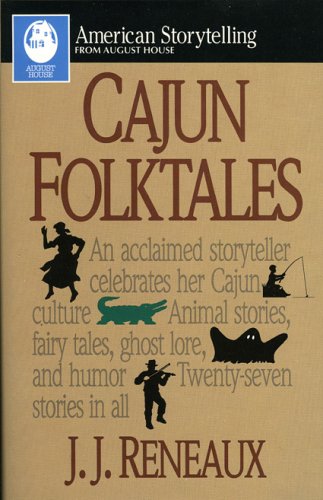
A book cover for Cajun Folktales (American Storytelling); J. J. Reneaux; Children's Books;